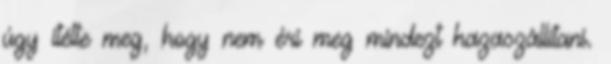
úgy ítélte meg, hogy nem éri meg mindezt hazaszállítani.